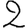
Digit: 2